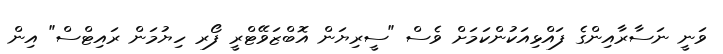
ވަނީ ނަސާރާއިންގެ ފައްޅިއަކުންކަމަށް ވެސް "ސީރިޔަން އޮބްޒަވޭޓްރީ ފޯރ ހިޔުމަން ރައިޓްސް" އިން